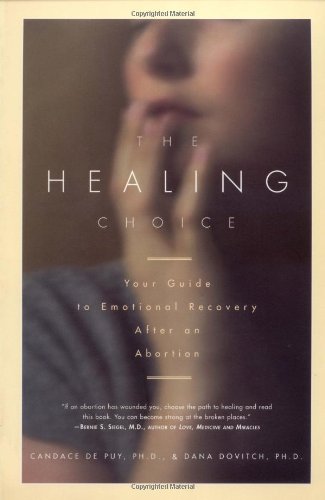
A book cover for The Healing Choice: Your Guide to Emotional Recovery After an Abortion; Candace De puy; Politics & Social Sciences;